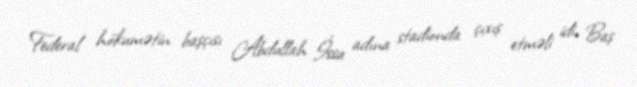
Federal hökumətin başçısı Abdullah İssa adına stadionda çıxış etməli idi. Baş